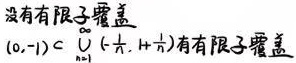
没有有限子覆盖
$(0, -1)\subset \bigcup_{k = 1}^{\infty}(-\frac{1}{k}, \frac{1}{k})$有有限子覆盖